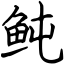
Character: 鲀